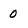
Character: 0